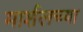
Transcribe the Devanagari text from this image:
मार्शलच्या